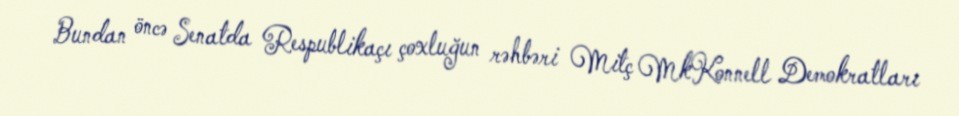
Bundan öncə Senatda Respublikaçı çoxluğun rəhbəri Mitç MkKonnell Demokratları